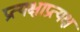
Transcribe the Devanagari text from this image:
प्रत्यक्षाप्रत्यक्ष